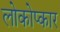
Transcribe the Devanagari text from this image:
लोकोप्कार